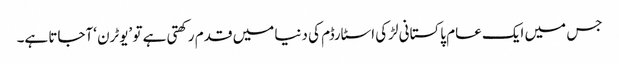
جس میں ایک عام پاکستانی لڑکی اسٹارڈم کی دنیا میں قدم رکھتی ہے تو ’یوٹرن ‘آجاتا ہے۔